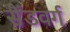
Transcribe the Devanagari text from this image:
सैंडवर्ग